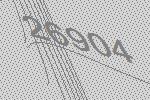
26904